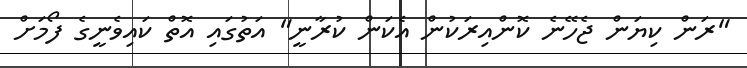
"ރަން ކިޔަން ޖެހޭނެ ކޮންއިރަކުން އެކަން ކުރާނީ" އަތުގައި އޮތް ކައިވެނީގެ ފޯމަށް